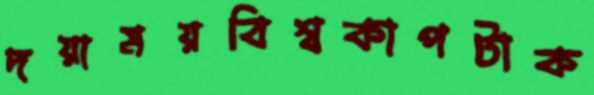
দয়াময়বিশ্বকাপটাক